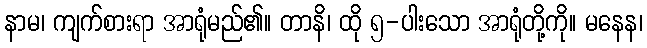
နာမ၊ ကျက်စားရာ အာရုံမည်၏။ တာနိ၊ ထို ၅-ပါးသော အာရုံတို့ကို။ မနေန၊